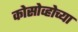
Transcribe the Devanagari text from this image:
कोसोव्होच्या